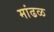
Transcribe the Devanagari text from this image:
मांढळ